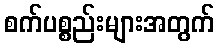
စက်ပစ္စည်းများအတွက်